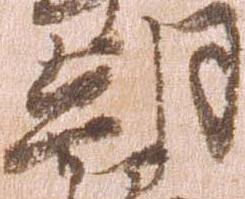
朝